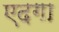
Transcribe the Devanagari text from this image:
एदगा